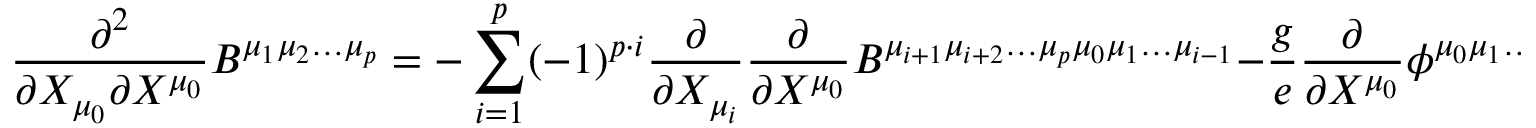
\frac { \partial ^ { 2 } } { \partial X _ { \mu _ { 0 } } \partial X ^ { \mu _ { 0 } } } B ^ { \mu _ { 1 } \mu _ { 2 } \ldots \mu _ { p } } = - \sum _ { i = 1 } ^ { p } ( - 1 ) ^ { p \cdot i } \frac { \partial } { \partial X _ { \mu _ { i } } } \frac { \partial } { \partial X ^ { \mu _ { 0 } } } B ^ { \mu _ { i + 1 } \mu _ { i + 2 } \ldots \mu _ { p } \mu _ { 0 } \mu _ { 1 } \ldots \mu _ { i - 1 } } - \frac { g } { e } \frac { \partial } { \partial X ^ { \mu _ { 0 } } } \phi ^ { \mu _ { 0 } \mu _ { 1 } \ldots \mu _ { p } } ,